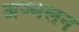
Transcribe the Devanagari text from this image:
अज्मलन